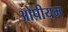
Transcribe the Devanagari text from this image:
ओपीयम